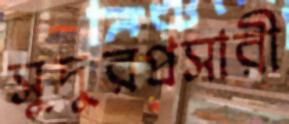
সুদুরপ্রসারী